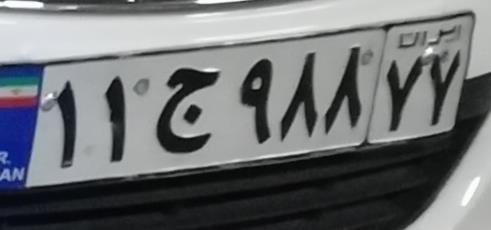
۱۱ج۹۸۸۷۷